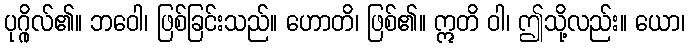
ပုဂ္ဂိုလ်၏။ ဘဝေါ၊ ဖြစ်ခြင်းသည်။ ဟောတိ၊ ဖြစ်၏။ ဣတိ ဝါ၊ ဤသို့လည်း။ ယော၊